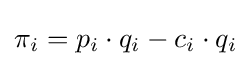
\pi _{i}=p_{i}\cdot q_{i}-c_{i}\cdot q_{i}